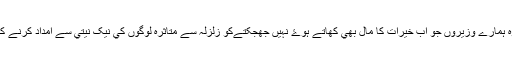
يہ بھي دعا ہے کہ وہ ہمارے وزيروں جو اب خيرات کا مال بھي کھاتے ہوۓ نہيں جھجکتےکو زلزلہ سے متاثرہ لوگوں کي نيک نيتي سے امداد کرنے کي ہمت عطا فرماۓ۔